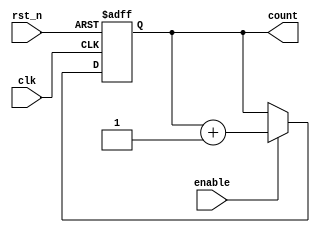
module dynamic_asynchronous_counter (
    input wire clk,          // Clock input
    input wire rst_n,       // Asynchronous active-low reset
    input wire enable,      // Enable signal for counting
    output reg [3:0] count  // 4-bit counter output
);

// Flip-Flop behavior using always block
always @(posedge clk or negedge rst_n) begin
    if (!rst_n) begin
        // Asynchronous reset
        count <= 4'b0000; // Reset count to 0
    end else if (enable) begin
        // Increment logic
        count <= count + 1; // Increment counter
    end
end

endmodule